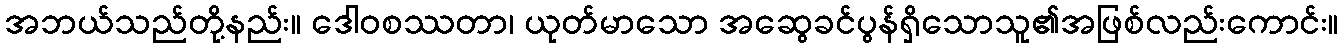
အဘယ်သည်တို့နည်း။ ဒေါဝစဿတာ၊ ယုတ်မာသော အဆွေခင်ပွန်ရှိသောသူ၏အဖြစ်လည်းကောင်း။